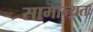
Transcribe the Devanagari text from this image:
सामान्य़तः